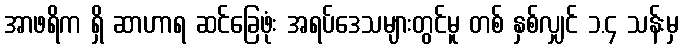
အာဖရိက ရှိ ဆာဟာရ ဆင်ခြေဖုံး အရပ်ဒေသများတွင်မူ တစ် နှစ်လျှင် ၁.၄ သန်းမှ